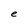
Character: e